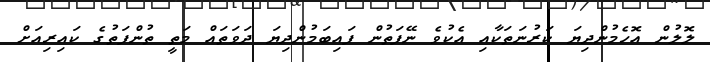
ލޮލުން އޮހެމުންދިޔަ ކަރުނަތަކާއި އެކުވެ ނޭފަތުން ފައިބަމުންދިޔަ ދަވަތައް މަތީ ތުންފަތުގެ ކައިރިއަށް